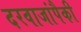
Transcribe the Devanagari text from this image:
दरवाजांपैकी